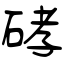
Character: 硣